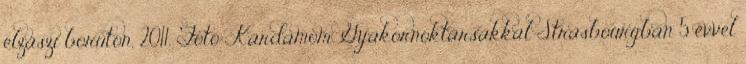
elzászi borúton, 2011. Fotó: Kardamom Gyakornoktársakkal Strasbourgban 5 évvel